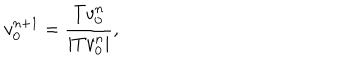
LaTeX: v _ { 0 } ^ { n + 1 } = \frac { T v _ { 0 } ^ { n } } { | T v _ { 0 } ^ { n } | } ,